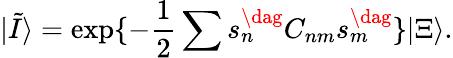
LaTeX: |\tilde{I}\rangle=\exp\{ -\frac 12\sum s_{n}^{\dag}C_{nm}s_{m}^{\dag}\} |\Xi\rangle.